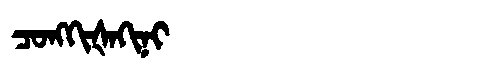
Manchu: ᠴᠣᠩᡴᡳᡧᠠᡴᡳᠨᡳ
Romanization: CONGKIŠAKINI